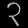
Digit: ၃